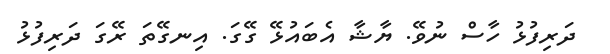
ދަރިފުޅު ހާސް ނުވޭ. ޔާޝާ އެބައުޅޭ ގޭގަ. އިނގޭތަ ރޭގަ ދަރިފުޅު